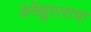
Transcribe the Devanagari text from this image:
वेनेंझुएलाचा